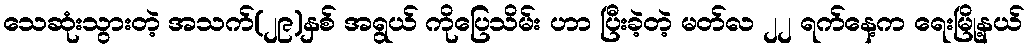
သေဆုံးသွားတဲ့ အသက်(၂၉)နှစ် အရွယ် ကိုပြေသိမ်း ဟာ ပြီးခဲ့တဲ့ မတ်လ ၂၂ ရက်နေ့က ရေးမြို့နယ်